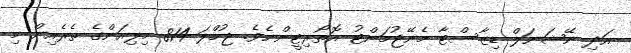
އަދި ނޭޝަނަލް ޑިޒާސްޓާ މެނޭޖުމަންޓު އޮތޯރިޓީންނެވެ. ޖުމްލަ 814 މިލިއަންގެ ތެރެއިން މި